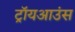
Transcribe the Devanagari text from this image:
ट्रॉयआउंस